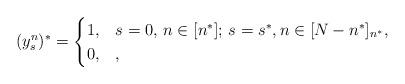
LaTeX: \begin{align*}(y^n_s)^*= \begin{cases} 1, & s=0,\,n\in[n^*];\,s=s^*,n\in[N-n^*]_{n^*}, \\ 0, & , \end{cases}\end{align*}